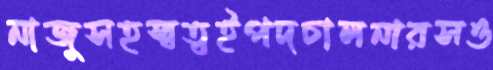
নাজুসহস্বত্বইপদচালনারসও